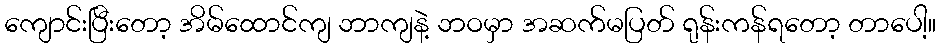
ကျောင်းပြီးတော့ အိမ်ထောင်ကျ ဘာကျနဲ့ ဘဝမှာ အဆက်မပြတ် ရုန်းကန်ရတော့ တာပေါ့။